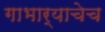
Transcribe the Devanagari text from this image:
गाभार्‍याचेच